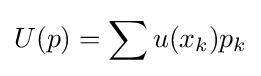
U(p)=\sum u(x_{k})p_{k}